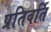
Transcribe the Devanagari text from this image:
प्रतिवर्ति